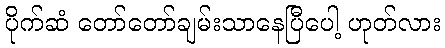
ပိုက်ဆံ တော်တော်ချမ်းသာနေပြီပေါ့ ဟုတ်လား